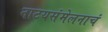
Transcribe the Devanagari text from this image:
नाटयसंमेलनाचं